Vital statistics of India. Vol. IV, Annual returns from 1871 to 1876. British Army of India, Native Army and jails of Bengal
Year: 1871
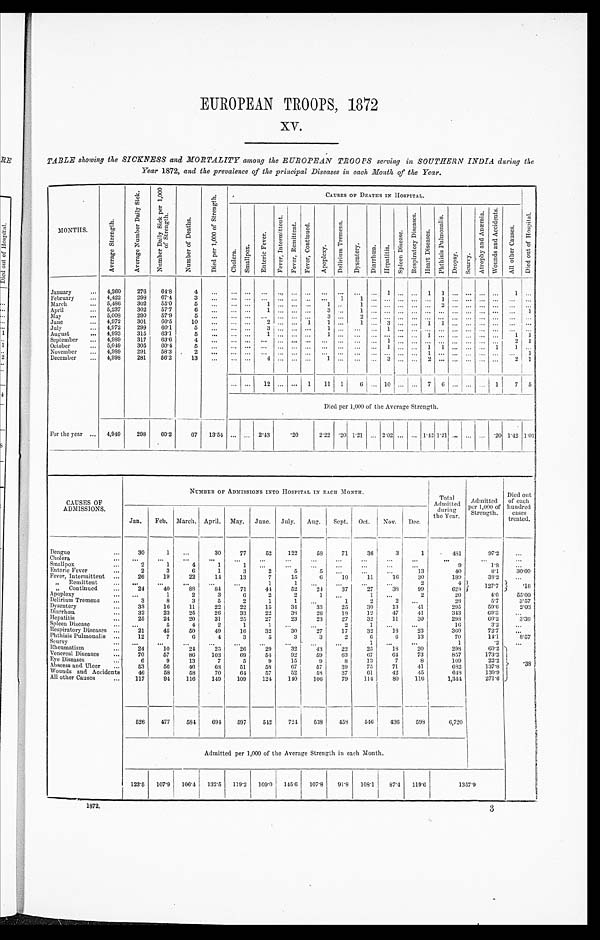
EUROPEAN TROOPS, 1872
XV.
TABLE showing the SICKNESS and MORTALITY among the EUROPEAN TROOPS serving in SOUTHERN INDIA during the
Year 1872, and the prevalence of the principal Diseases in each Month of the Year.
MONTHS.
A v e r a g e S t r e n g t h .
A v e r a g e N u m b e r D a i l y S i c k .
N u m b e r D a i l y S i c k p e r 1 , 0 0 0 o f S t r e n g t h .
N u m b e r o f D e a t h s .
D i e d p e r 1 , 0 0 0 o f S t r e n g t h .
CAUSES OF DEATHS IN HOSPITAL.
D i e d o u t o f H o s p i t a l .
C h o l e r a . S m a l l p o x .
E n t e r i c F e v e r .
F e v e r , I n t e r m i t t e n t .
F e v e r , R e m i t t e n t .
F e v e r , C o n t i n u e d .
A p o p l e x y .
D e l i r i u m T r e m e n s .
D y s e n t e r y . D i a r r h œ a . H e p a t i t i s .
S p l e e n D i s e a s e .
R e s p i r a t o r y D i s e a s e s .
H e a r t D i s e a s e s .
P h t h i s i s P u l m o n a l i s .
D r o p s y . S c u r v y .
A t r o p h y a n d A n æ m i a .
W o u n d s a n d A c c i d e n t s .
A l l o t h e r C a u s e s .
January
... 4,260
276
64.8
4 ...... . . . ... . . . . . . . . . . . . ... ... . . . 1
. . . . . . 1 1
. . . . . . ...... 1 . . .
February
... 4,422
298
67.4
3 ...... . . . ... ... ...
. . . . . . 1
1
. . . ... . . . . . . ...1
. . . . . . ...... ... ...
March
... 5,486
302
55.0
5
... ...
. . . 1
. . . . . . . . . 1 ..
1
. . . ... ... ... ... 2 ... ... ... ...
. . . . . .
April ...
5,237
302
57.7
6
...... . . . 1
. . . . . . . . .
3 ...
1
. . . ... . . . . . . ...... . . . . . . ......
. . .
1
May ...
5,008
290
57.9
5 ... ... ... ...
. . .
. . . . . .
3 ...2
. . . ... . . . . . . ...... . . . . . . ...... ...
. . .
June ...
4,972
301
60.5
10 ... ... . . . 2
. . . . . . 1
1 ...
1
. . . 3
. . . . . .
1 1
. . . . . . ......
. . .
. . .
July ... 4,972
299
60.1
5 ...... ... 3
. . . . . . . . . 1
...... . . . 1
. . . . . . . . . ... . . . . . . ......
. . . . . .
August
... 4,993
315
63.1
5
...... . . . 1 ...
. . . ...
1 ... ... ... ... ...
. . . 1 ... . . . . . . ... ...
1 1
September ... 4,989
317
63.6
4 ...... ... ...
. . . ... ... ... ... ... ... 1
. . . . . . ...... . . . . . . ......
2 1
October
... 5,049
305
60.4
5
... ...
. . .
... . . . . . . ... ... ... ... . . . 1
. . . . . . 1 1
. . . . . . ...1
1
. . .
November ... 4,989 291
58.3
2 ...... . . .
... . . . ...
. . . . . . ... ...
... ... ... 1 ... . . . . . . ......
. . .
1
December
... 4,998
281
56.2
13 ... ... . . . 4
. . . ... . . .
1 ... ... . . . 3
. . .
. . . 2 ... . . .
... ... ...
2 1
... ... 12 ... ... 1 11 1
6 ... 10 ...
. . . 7 6
... ... ...
1 7 5
Died per 1,000 of the Average Strength.
For the year ... 4,949
298
60.2
67 13.54 ... ... 2.43
. 2 0
2.22 .20 1.21
2.02 ... ... 1.42 1.21 ... ... ... .20 1.42 1.01
CAUSES OF
ADMISSIONS.
NUMBER OF ADMISSIONS INTO HOSPITAL IN EACH MONTH.
Total
Admitted
during
the Year.
Admitted
per 1,00 of
Strength.
Died out
of each
hundred
c a s e s I
treated .
Jan. Feb. March. April. May. June. July. Aug. Sept. Oct. Nov. Dec.
Dengue
...
30
1 ...
30
77
52
122
58
71
36
3
1
481
97.2
...
Cholera
... ...
...
...
...
...
...
...
...
...
...
...
...
. . .
. . .
. . .
Smallpox
2
1
4
1
1 ...
. . . ...
...
. . .
...
. . .
9
18
...
Enteric Fever
...
2
3
6
1
3
2
5
5
. . .
. . .
. . .
13
40
8 . 1
3 0 . 0 0
Fever, Intermittent ...
26
19
22
14
13
7
15
6
10
11
16
30
189
38.2 . . .
„ Remittent
... ...
...
. . .
. . .
. . .
1
1
. . . ...
...
...
2
4
1 2 7 . 7
. 1 6
„ Continued ...
24
40
88
84
71
44
52
24
37
27
38
99
628
Apoplexy
... ...
1
2
3
6
2
2
1
. . .
1 ...
2
20
4 . 0
55.00
Delirium Tremens
. . .
3
8
3
5
2
1
1
. . .
1
2
2
. . .
2 8
5 . 7
3 . 5 7
Dysentery
...
33
16
11
22 22 22
15
34
33
25
30
13
4 1
2 9 5
59.6
2 . 0 3
Diarrhœa ...
32
23
25
26
33
22
38
26
18
12
47
41
343
6 9 . 3
. . .
Hepatitis ...
25
24
20
31
25
27
23
23
27
32
11
30
298
60.2
3 . 3 6
Spleen Disease
. . .
. . .
5
4
2
1
1
. . . . . .
2
1
. . . ...
1 6
3 . 2
. . .
Respiratory Diseases
. . .
21
45
50
49
16
32
30
27
17
32
18
2 3
3 6 0
7 2 . 7
. . .
Phthisis Pulmonalis ...
12
7
6
4
3
5
3
3
2
6
6
1 3
7 0
1 4 . 1
8 . 5 7
Scurvy
...
. . . ...
...
. . .
...
. . .
. . .
. . .
. . .
1
. . .
...
1
. 2
. . .
. 3 8
Rheumatism
. . .
24
10
24
25
26
29
32
43
22
25
18
20
298
6 0 . 2
Venereal Diseases
...
70
57
86
103
69
54
92
59
63
67
64
73
857
1 7 3 . 2
Eye Diseases ...
6
9
13
7
5
9
15
9
8
13
7
8
109
2 2 . 2
Abscess and Ulcer
. . .
53
56
46
68
51
58
67
57
39
75
71
41
682
1 3 7 . 8
Wounds and Accidents
46
58
58
70
6 4
57
52
58
3 7
61
42
45
648
1 3 0 . 9
All other Causes
...
117
94
116
149
109
124
140 106
79
114
80
116
1,344
271.6
526
477
584
694
597
542
724538
458
546
436
598
6,720
Admitted per 1,000 of the Average Strength in each Month.
123.5 107.9 106.4
1 3 2 . 5
1 1 9 . 2
1 0 9 . 0
145.6 107.8
91.8 108.1
87.4 119.6
1 3 5 7 . 9
1872.
3